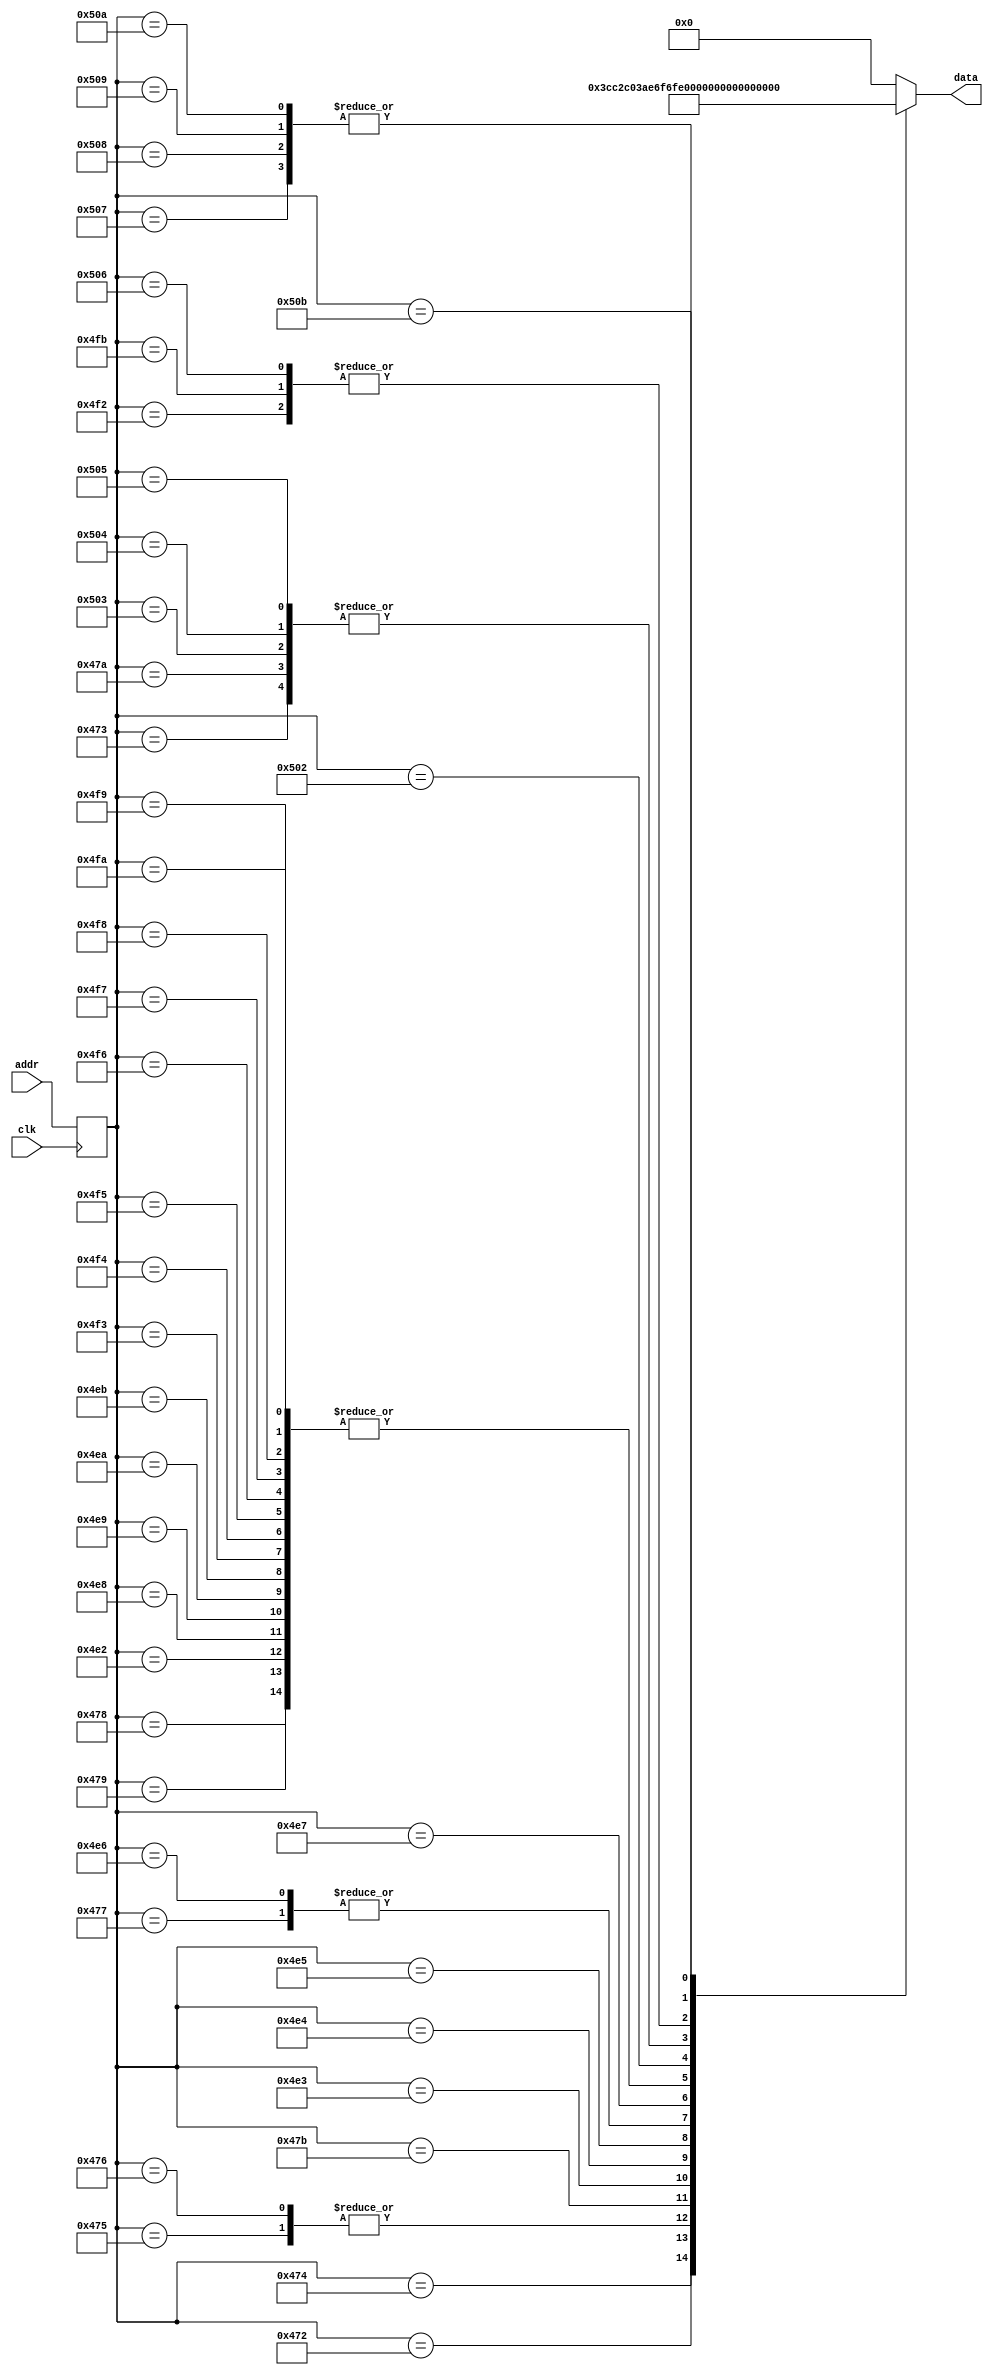
module font_rom
   (
    input wire clk,
    input wire [10:0] addr,
    output reg [7:0] data
   );
   
   // signal declaration
   reg [10:0] addr_reg; 

   // body
   always @(posedge clk) 
      addr_reg <= addr;
      
   always @*
      case (addr_reg)
         //code x00
        
         //code x47 
         11'h470: data = 8'b00000000; // 
         11'h471: data = 8'b00000000; // 
         11'h472: data = 8'b00111100; //   ****
         11'h473: data = 8'b01100110; //  **  **
         11'h474: data = 8'b11000010; // **    *
         11'h475: data = 8'b11000000; // **
         11'h476: data = 8'b11000000; // **
         11'h477: data = 8'b11011110; // ** ****
         11'h478: data = 8'b11000110; // **   **
         11'h479: data = 8'b11000110; // **   **
         11'h47a: data = 8'b01100110; //  **  **
         11'h47b: data = 8'b00111010; //   *** *
         11'h47c: data = 8'b00000000; // 
         11'h47d: data = 8'b00000000; // 
         11'h47e: data = 8'b00000000; // 
         11'h47f: data = 8'b00000000; // 
        
         //code x4e   
         11'h4e0: data = 8'b00000000; // 
         11'h4e1: data = 8'b00000000; // 
         11'h4e2: data = 8'b11000110; // **   **
         11'h4e3: data = 8'b11100110; // ***  **
         11'h4e4: data = 8'b11110110; // **** **
         11'h4e5: data = 8'b11111110; // *******
         11'h4e6: data = 8'b11011110; // ** ****
         11'h4e7: data = 8'b11001110; // **  ***
         11'h4e8: data = 8'b11000110; // **   **
         11'h4e9: data = 8'b11000110; // **   **
         11'h4ea: data = 8'b11000110; // **   **
         11'h4eb: data = 8'b11000110; // **   **
         11'h4ec: data = 8'b00000000; // 
         11'h4ed: data = 8'b00000000; // 
         11'h4ee: data = 8'b00000000; // 
         11'h4ef: data = 8'b00000000; // 
         //code x4f   
         11'h4f0: data = 8'b00000000; // 
         11'h4f1: data = 8'b00000000; // 
         11'h4f2: data = 8'b01111100; //  *****
         11'h4f3: data = 8'b11000110; // **   **
         11'h4f4: data = 8'b11000110; // **   **
         11'h4f5: data = 8'b11000110; // **   **
         11'h4f6: data = 8'b11000110; // **   **
         11'h4f7: data = 8'b11000110; // **   **
         11'h4f8: data = 8'b11000110; // **   **
         11'h4f9: data = 8'b11000110; // **   **
         11'h4fa: data = 8'b11000110; // **   **
         11'h4fb: data = 8'b01111100; //  *****
         11'h4fc: data = 8'b00000000; // 
         11'h4fd: data = 8'b00000000; // 
         11'h4fe: data = 8'b00000000; // 
         11'h4ff: data = 8'b00000000; // 
         //code x50   
         11'h500: data = 8'b00000000; // 
         11'h501: data = 8'b00000000; // 
         11'h502: data = 8'b11111100; // ******
         11'h503: data = 8'b01100110; //  **  **
         11'h504: data = 8'b01100110; //  **  **
         11'h505: data = 8'b01100110; //  **  **
         11'h506: data = 8'b01111100; //  *****
         11'h507: data = 8'b01100000; //  **
         11'h508: data = 8'b01100000; //  **
         11'h509: data = 8'b01100000; //  **
         11'h50a: data = 8'b01100000; //  **
         11'h50b: data = 8'b11110000; // ****
         11'h50c: data = 8'b00000000; // 
         11'h50d: data = 8'b00000000; // 
         11'h50e: data = 8'b00000000; // 
         11'h50f: data = 8'b00000000; // 
			default : data = 8'b00000000;
        
   endcase  
   	       
endmodule